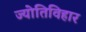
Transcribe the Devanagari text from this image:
ज्योतिविहार